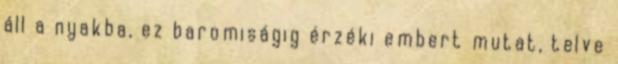
áll a nyakba, ez baromiságig érzéki embert mutat, telve